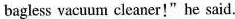
bagless vacuum cleaner!"he said.